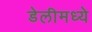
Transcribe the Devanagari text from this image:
डेलीमध्ये